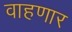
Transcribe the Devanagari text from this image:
वाहणार